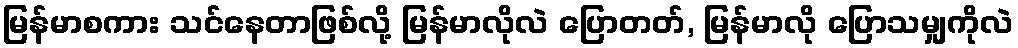
မြန်မာစကား သင်နေတာဖြစ်လို့ မြန်မာလိုလဲ ပြောတတ်, မြန်မာလို ပြောသမျှကိုလဲ